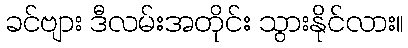
ခင်ဗျား ဒီလမ်းအတိုင်း သွားနိုင်လား။